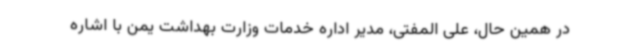
در همین حال، علی المفتی، مدیر اداره خدمات وزارت بهداشت یمن با اشاره